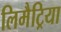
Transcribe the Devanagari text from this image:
लिमैट्रिया